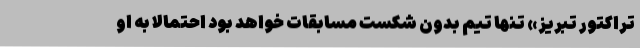
تراکتور تبریز» تنها تیم بدون شکست مسابقات خواهد بود احتمالاً به او